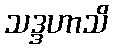
သဒ္ဒဟာသိ